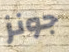
جونز